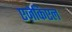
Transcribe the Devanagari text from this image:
एज़ेकिएल